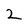
Character: 2